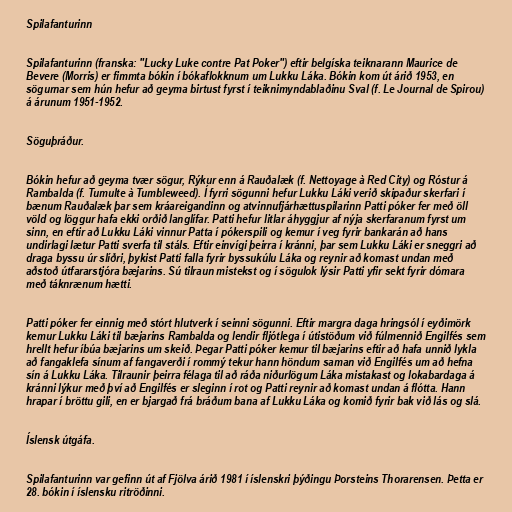
Spilafanturinn

Spilafanturinn (franska: "Lucky Luke contre Pat Poker") eftir belgíska teiknarann Maurice de
Bevere (Morris) er fimmta bókin í bókaflokknum um Lukku Láka. Bókin kom út árið 1953, en
sögurnar sem hún hefur að geyma birtust fyrst í teiknimyndablaðinu Sval (f. Le Journal de Spirou)
á árunum 1951-1952.

Söguþráður.

Bókin hefur að geyma tvær sögur, Rýkur enn á Rauðalæk (f. Nettoyage à Red City) og Róstur á
Rambalda (f. Tumulte à Tumbleweed). Í fyrri sögunni hefur Lukku Láki verið skipaður skerfari í
bænum Rauðalæk þar sem kráareigandinn og atvinnufjárhættuspilarinn Patti póker fer með öll
völd og löggur hafa ekki orðið langlífar. Patti hefur litlar áhyggjur af nýja skerfaranum fyrst um
sinn, en eftir að Lukku Láki vinnur Patta í pókerspili og kemur í veg fyrir bankarán að hans
undirlagi lætur Patti sverfa til stáls. Eftir einvígi þeirra í kránni, þar sem Lukku Láki er sneggri að
draga byssu úr slíðri, þykist Patti falla fyrir byssukúlu Láka og reynir að komast undan með
aðstoð útfararstjóra bæjarins. Sú tilraun mistekst og í sögulok lýsir Patti yfir sekt fyrir dómara
með táknrænum hætti.

Patti póker fer einnig með stórt hlutverk í seinni sögunni. Eftir margra daga hringsól í eyðimörk
kemur Lukku Láki til bæjarins Rambalda og lendir fljótlega í útistöðum við fúlmennið Engilfés sem
hrellt hefur íbúa bæjarins um skeið. Þegar Patti póker kemur til bæjarins eftir að hafa unnið lykla
að fangaklefa sínum af fangaverði í rommý tekur hann höndum saman við Engilfés um að hefna
sín á Lukku Láka. Tilraunir þeirra félaga til að ráða niðurlögum Láka mistakast og lokabardaga á
kránni lýkur með því að Engilfés er sleginn í rot og Patti reynir að komast undan á flótta. Hann
hrapar í bröttu gili, en er bjargað frá bráðum bana af Lukku Láka og komið fyrir bak við lás og slá.

Íslensk útgáfa.

Spilafanturinn var gefinn út af Fjölva árið 1981 í íslenskri þýðingu Þorsteins Thorarensen. Þetta er
28. bókin í íslensku ritröðinni.